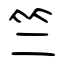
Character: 竺